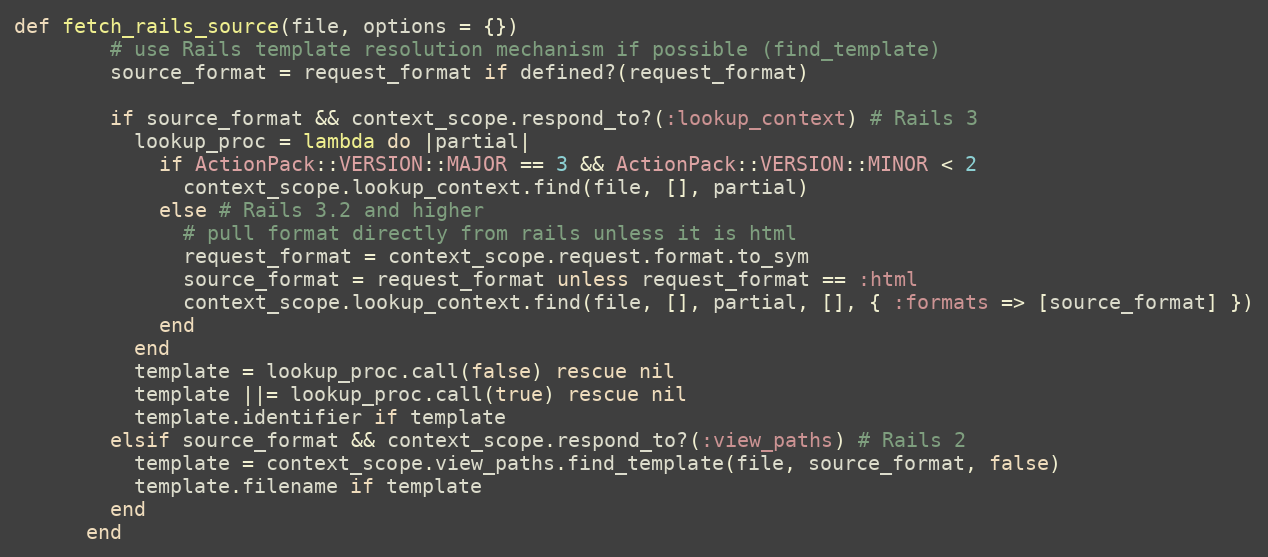
Language: Ruby
def fetch_rails_source(file, options = {})
        # use Rails template resolution mechanism if possible (find_template)
        source_format = request_format if defined?(request_format)

        if source_format && context_scope.respond_to?(:lookup_context) # Rails 3
          lookup_proc = lambda do |partial|
            if ActionPack::VERSION::MAJOR == 3 && ActionPack::VERSION::MINOR < 2
              context_scope.lookup_context.find(file, [], partial)
            else # Rails 3.2 and higher
              # pull format directly from rails unless it is html
              request_format = context_scope.request.format.to_sym
              source_format = request_format unless request_format == :html
              context_scope.lookup_context.find(file, [], partial, [], { :formats => [source_format] })
            end
          end
          template = lookup_proc.call(false) rescue nil
          template ||= lookup_proc.call(true) rescue nil
          template.identifier if template
        elsif source_format && context_scope.respond_to?(:view_paths) # Rails 2
          template = context_scope.view_paths.find_template(file, source_format, false)
          template.filename if template
        end
      end